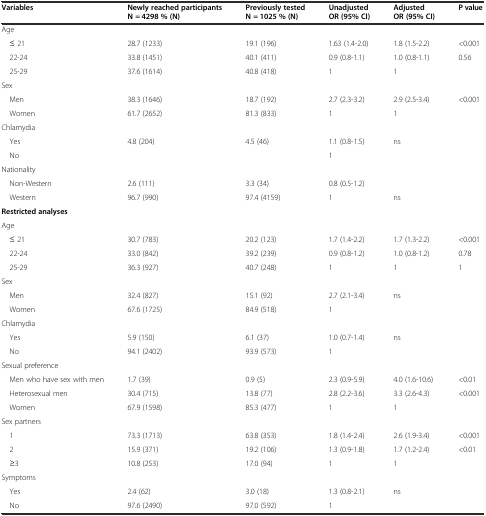
<table><thead><tr><td><b>Variables</b></td><td><b>Newly reached participants N = 4298 % (N)</b></td><td><b>Previously tested N = 1025 % (N)</b></td><td><b>Unadjusted OR(95%CI)</b></td><td><b>Adjusted OR(95%CI)</b></td><td><b>P value</b></td></tr></thead><tbody><tr><td>Age</td><td></td><td></td><td></td><td></td><td></td></tr><tr><td>≤ 21</td><td>28.7 (1233)</td><td>19.1 (196)</td><td>1.63 (1.4-2.0)</td><td>1.8 (1.5-2.2)</td><td>&lt;0.001</td></tr><tr><td>22-24</td><td>33.8 (1451)</td><td>40.1 (411)</td><td>0.9 (0.8-1.1)</td><td>1.0 (0.8-1.1)</td><td>0.56</td></tr><tr><td>25-29</td><td>37.6 (1614)</td><td>40.8 (418)</td><td>1</td><td>1</td><td></td></tr><tr><td>Sex</td><td></td><td></td><td></td><td></td><td></td></tr><tr><td>Men</td><td>38.3 (1646)</td><td>18.7 (192)</td><td>2.7 (2.3-3.2)</td><td>2.9 (2.5-3.4)</td><td>&lt;0.001</td></tr><tr><td>Women</td><td>61.7 (2652)</td><td>81.3 (833)</td><td>1</td><td>1</td><td></td></tr><tr><td>Chlamydia</td><td></td><td></td><td></td><td></td><td></td></tr><tr><td>Yes</td><td>4.8 (204)</td><td>4.5 (46)</td><td>1.1 (0.8-1.5)</td><td>ns</td><td></td></tr><tr><td>No</td><td></td><td></td><td>1</td><td></td><td></td></tr><tr><td>Nationality</td><td></td><td></td><td></td><td></td><td></td></tr><tr><td>Non-Western</td><td>2.6 (111)</td><td>3.3 (34)</td><td>0.8 (0.5-1.2)</td><td></td><td></td></tr><tr><td>Western</td><td>96.7 (990)</td><td>97.4 (4159)</td><td>1</td><td>ns</td><td></td></tr><tr><td><b>Restricted analyses</b></td><td></td><td></td><td></td><td></td><td></td></tr><tr><td>Age</td><td></td><td></td><td></td><td></td><td></td></tr><tr><td>≤ 21</td><td>30.7 (783)</td><td>20.2 (123)</td><td>1.7 (1.4-2.2)</td><td>1.7 (1.3-2.2)</td><td>&lt;0.001</td></tr><tr><td>22-24</td><td>33.0 (842)</td><td>39.2 (239)</td><td>0.9 (0.8-1.2)</td><td>1.0 (0.8-1.2)</td><td>0.78</td></tr><tr><td>25-29</td><td>36.3 (927)</td><td>40.7 (248)</td><td>1</td><td>1</td><td>1</td></tr><tr><td>Sex</td><td></td><td></td><td></td><td></td><td></td></tr><tr><td>Men</td><td>32.4 (827)</td><td>15.1 (92)</td><td>2.7 (2.1-3.4)</td><td>ns</td><td></td></tr><tr><td>Women</td><td>67.6 (1725)</td><td>84.9 (518)</td><td>1</td><td></td><td></td></tr><tr><td>Chlamydia</td><td></td><td></td><td></td><td></td><td></td></tr><tr><td>Yes</td><td>5.9 (150)</td><td>6.1 (37)</td><td>1.0 (0.7-1.4)</td><td>ns</td><td></td></tr><tr><td>No</td><td>94.1 (2402)</td><td>93.9 (573)</td><td>1</td><td></td><td></td></tr><tr><td>Sexual preference</td><td></td><td></td><td></td><td></td><td></td></tr><tr><td>Men who have sex with men</td><td>1.7 (39)</td><td>0.9 (5)</td><td>2.3 (0.9-5.9)</td><td>4.0 (1.6-10.6)</td><td>&lt;0.01</td></tr><tr><td>Heterosexual men</td><td>30.4 (715)</td><td>13.8 (77)</td><td>2.8 (2.2-3.6)</td><td>3.3 (2.6-4.3)</td><td>&lt;0.001</td></tr><tr><td>Women</td><td>67.9 (1598)</td><td>85.3 (477)</td><td>1</td><td>1</td><td></td></tr><tr><td>Sex partners</td><td></td><td></td><td></td><td></td><td></td></tr><tr><td>1</td><td>73.3 (1713)</td><td>63.8 (353)</td><td>1.8 (1.4-2.4)</td><td>2.6 (1.9-3.4)</td><td>&lt;0.001</td></tr><tr><td>2</td><td>15.9 (371)</td><td>19.2 (106)</td><td>1.3 (0.9-1.8)</td><td>1.7 (1.2-2.4)</td><td>&lt;0.01</td></tr><tr><td>≥3</td><td>10.8 (253)</td><td>17.0 (94)</td><td>1</td><td>1</td><td></td></tr><tr><td>Symptoms</td><td></td><td></td><td></td><td></td><td></td></tr><tr><td>Yes</td><td>2.4 (62)</td><td>3.0 (18)</td><td>1.3 (0.8-2.1)</td><td>ns</td><td></td></tr><tr><td>No</td><td>97.6 (2490)</td><td>97.0 (592)</td><td>1</td><td></td><td></td></tr></tbody></table>